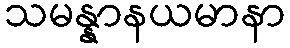
သမန္နာနယမာနာ